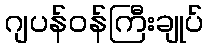
ဂျပန်ဝန်ကြီးချုပ်